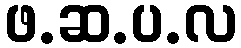
ဖ.ဆ.ပ.လ